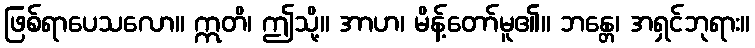
ဖြစ်ရာပေသလော။ ဣတိ၊ ဤသို့။ အာဟ၊ မိန့်တော်မူ၏။ ဘန္တေ၊ အရှင်ဘုရား။